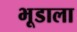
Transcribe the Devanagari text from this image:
भूडाला